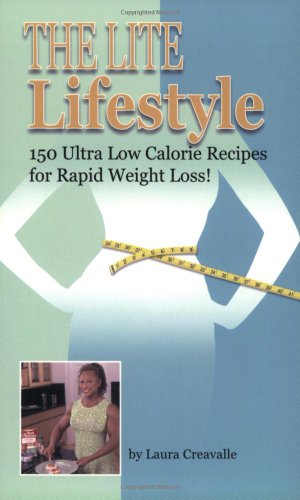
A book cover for The Lite Lifestyle: 150 Ultra Low Calorie Recipes for Rapid Weight Loss!; Laura Creavalle; Cookbooks, Food & Wine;